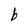
Character: b